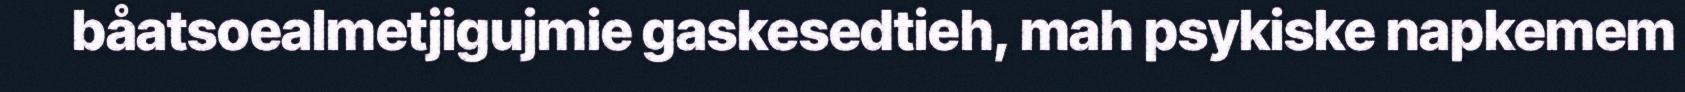
båatsoealmetjigujmie gaskesedtieh, mah psykiske napkemem